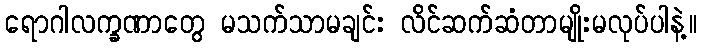
ရောဂါလက္ခဏာတွေ မသက်သာမချင်း လိင်ဆက်ဆံတာမျိုးမလုပ်ပါနဲ့။